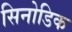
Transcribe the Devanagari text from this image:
सिनोडिक